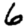
Digit: 6